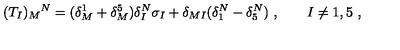
( T _ { I } ) _ { M } { } ^ { N } = ( \delta _ { M } ^ { 1 } + \delta _ { M } ^ { 5 } ) \delta _ { I } ^ { N } \sigma _ { I } + \delta _ { M I } ( \delta _ { 1 } ^ { N } - \delta _ { 5 } ^ { N } ) \ , \qquad I \neq 1 , 5 \ ,